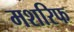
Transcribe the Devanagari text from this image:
मशरिफ